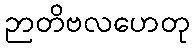
ဉာတိဗလဟေတု